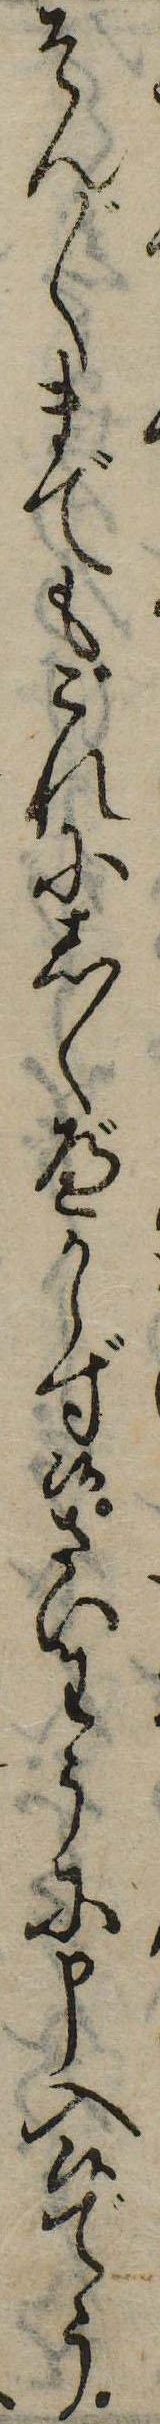
そん〲までもこれにしくべからず候さいわうに申入候でう